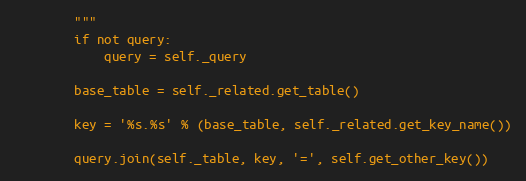
Language: Python
        """
        if not query:
            query = self._query

        base_table = self._related.get_table()

        key = '%s.%s' % (base_table, self._related.get_key_name())

        query.join(self._table, key, '=', self.get_other_key())